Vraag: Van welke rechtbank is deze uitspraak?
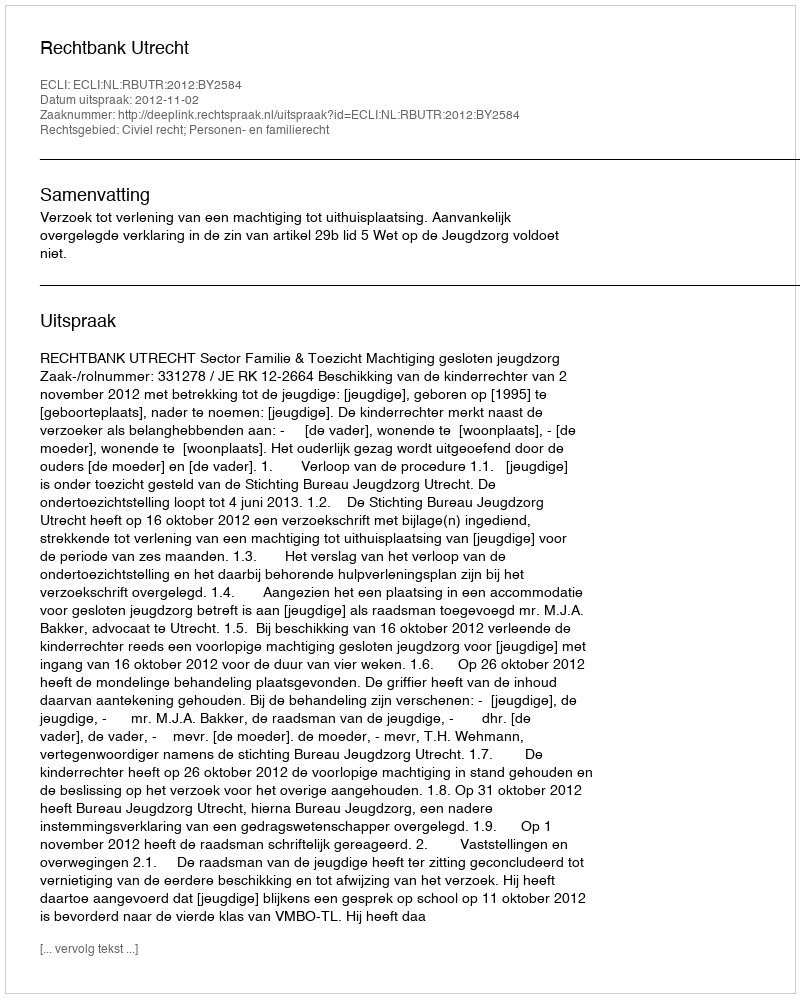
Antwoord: Rechtbank Utrecht